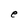
Character: e